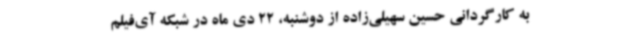
به کارگردانی حسین سهیلی‌زاده از دوشنبه، 22 دی ماه در شبکه آی‌فیلم